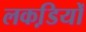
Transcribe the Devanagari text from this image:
लकडि़यों